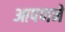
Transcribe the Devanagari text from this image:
आपणने